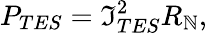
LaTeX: P_{TES}=\mathfrak{I}_{TES}^{2}R_{\mathbb{N}},